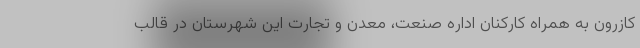
کازرون به همراه کارکنان اداره صنعت، معدن و تجارت این شهرستان در قالب